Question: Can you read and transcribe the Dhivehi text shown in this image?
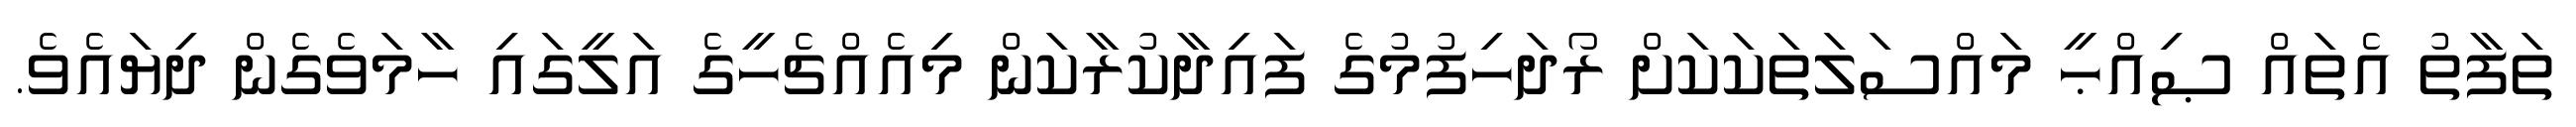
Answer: ތަފާތު އެތައް ޞިއްޙީ މައްސަލަތަކަކަށް ރޯދަހިފުމުގެ ފައިދާކުރާކަން މިއެއްޗެހީގެ އަލީގައި ހާމަވެގެން ދިޔައެވެ.